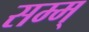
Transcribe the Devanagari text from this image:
सम्म्